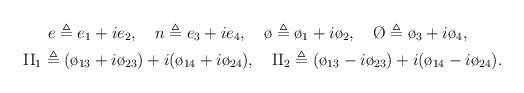
LaTeX: \begin{align*}e\triangleq e_1+ie_2,~~~n\triangleq e_3+ie_4,~~~\o\triangleq \o_1+i\o_2,~~~\O\triangleq \o_3+i\o_4,~~~~~~\\\mathrm{II}_1\triangleq(\o_{13}+i\o_{23})+i(\o_{14}+i\o_{24}),~~~\mathrm{II}_2\triangleq(\o_{13}-i\o_{23})+i(\o_{14}-i\o_{24}).\end{align*}